Vaccination North-Western Provinces and Oudh 1878-1895 - 1878-1895
Year: 1878
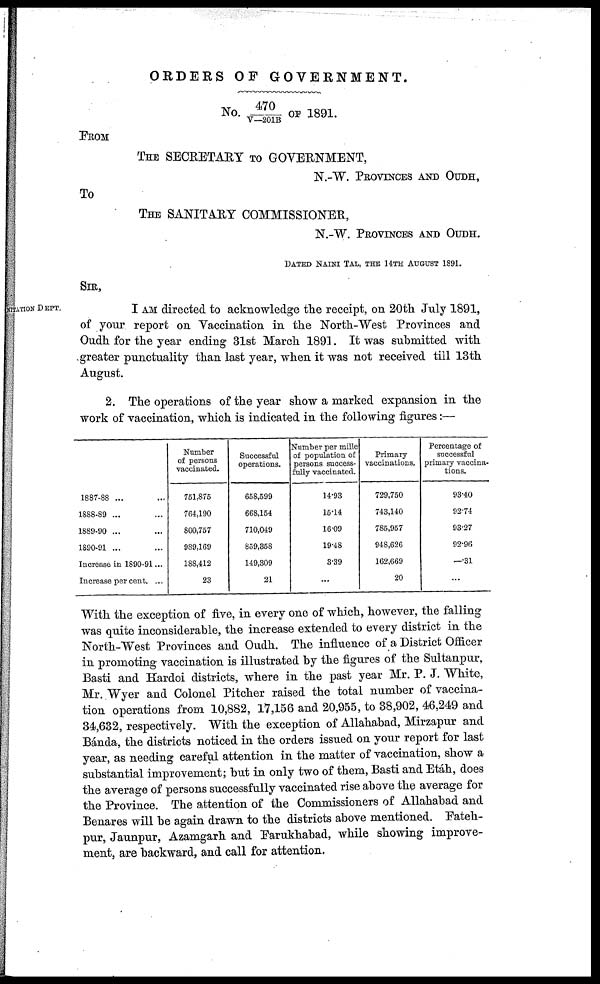
ORDERS OF GOVERNMENT.
No. 470/V—201B OF 1891.
FROM
THE SECRETARY TO GOVERNMENT,
N.-W. PROVINCES AND OUDH,
To
THE SANITARY COMMISSIONER,
N.-W. PROVINCES AND OUDH.
DATED NAINI TAL, THE 14TH AUGUST 1891.
SIR,
NITATION DEPT.
I AM directed to acknowledge the receipt, on 20th July 1891,
of your report on Vaccination in the North-West Provinces and
Oudh for the year ending 31st March 1891. It was submitted with
greater punctuality than last year, when it was not received till 13th
August.
2. The operations of the year show a marked expansion in the
work of vaccination, which is indicated in the following figures:—
1887-88 ...
1888-89 ...
1889-90 ...
1890-91 ...
Increase in 1890-91 ...
Increase per cent. ...
Number
of persons
vaccinated.
751,875
764,190
800,757
989,169
188,412
23
Successful
operations.
658,599
668,154
710,049
859,358
149,309
21
Number per mille
of population of
persons success-
fully vaccinated.
14.93
15.14
16.09
19.48
3.39
...
Primary
vaccinations.
729,750
743,140
785,957
948,626
162,669
20
Percentage of
successful
primary vaccina-
tions.
93.40
92.74
93.27
92.96
—.31
...
With the exception of five, in every one of which, however, the falling
was quite inconsiderable, the increase extended to every district in the
North-West Provinces and Oudh. The influence of a District Officer
in promoting vaccination is illustrated by the figures of the Sultanpur,
Basti and Hardoi districts, where in the past year Mr. P. J. White,
Mr. Wyer and Colonel Pitcher raised the total number of vaccina-
tion operations from 10,882, 17,156 and 20,955, to 38,902, 46,249 and
34,632, respectively. With the exception of Allahabad, Mirzapur and
Bánda, the districts noticed in the orders issued on your report for last
year, as needing careful attention in the matter of vaccination, show a
substantial improvement; but in only two of them, Basti and Etáh, does
the average of persons successfully vaccinated rise above the average for
the Province. The attention of the Commissioners of Allahabad and
Benares will be again drawn to the districts above mentioned. Fateh¬
pur, Jaunpur, Azamgarh and Farukhabad, while showing improve-
ment, are backward, and call for attention.